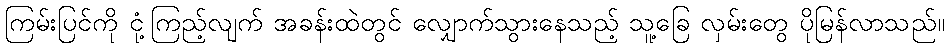
ကြမ်းပြင်ကို ငုံ့ကြည့်လျက် အခန်းထဲတွင် လျှောက်သွားနေသည့် သူ့ခြေ လှမ်းတွေ ပိုမြန်လာသည်။